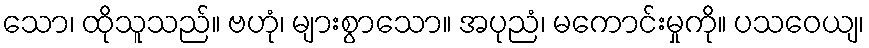
သော၊ ထိုသူသည်။ ဗဟုံ၊ များစွာသော။ အပုညံ၊ မကောင်းမှုကို။ ပသဝေယျ၊